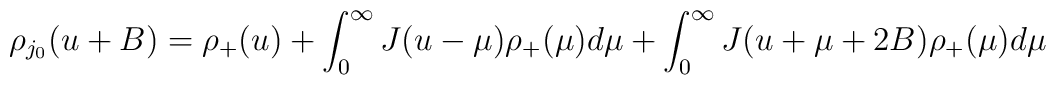
\rho_{j_0}(u+B)=\rho_+(u)+\int_0^{\infty}J(u-\mu)\rho_+(\mu)d\mu+\int_0^{\infty}J(u+\mu+2B)\rho_+(\mu)d\mu